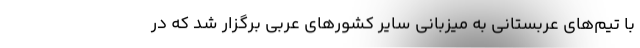
با تیم‌های عربستانی به میزبانی سایر کشورهای عربی برگزار شد که در